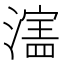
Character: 𬉄